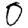
Digit: 0